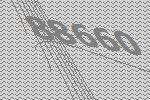
88660